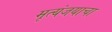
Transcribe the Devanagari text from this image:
मृत्यंजयाचा